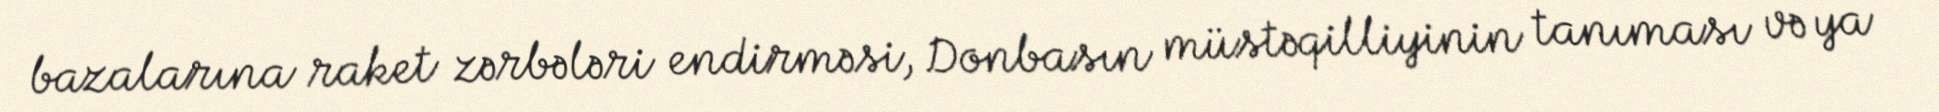
bazalarına raket zərbələri endirməsi, Donbasın müstəqilliyinin tanıması və ya